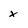
Character: x